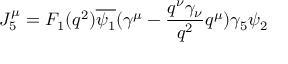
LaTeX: J _ { 5 } ^ { \mu } = F _ { 1 } ( q ^ { 2 } ) \overline { { { \psi _ { 1 } } } } ( \gamma ^ { \mu } - \frac { q ^ { \nu } \gamma _ { \nu } } { q ^ { 2 } } q ^ { \mu } ) \gamma _ { 5 } \psi _ { 2 }